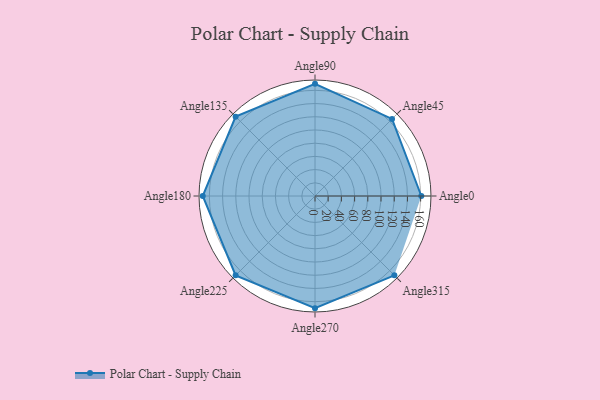
{"axis": {"x": "Angle", "y": "Radius"}, "legend": [""], "data": [{"x": "Angle0", "y": 161.0, "type": ""}, {"x": "Angle45", "y": 165.0, "type": ""}, {"x": "Angle90", "y": 170, "type": ""}, {"x": "Angle135", "y": 170, "type": ""}, {"x": "Angle180", "y": 170, "type": ""}, {"x": "Angle225", "y": 170, "type": ""}, {"x": "Angle270", "y": 170, "type": ""}, {"x": "Angle315", "y": 170, "type": ""}]}